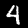
Label: 4